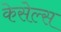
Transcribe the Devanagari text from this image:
केसेल्स